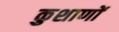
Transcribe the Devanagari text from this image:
कुशाणों